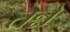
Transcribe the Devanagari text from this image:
तन्ने